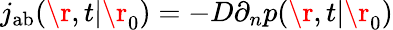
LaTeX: j_{\mathrm{{ab}}}(\r,t|\r_{0})=-D\partial_{n}p(\r,t|\r_{0})